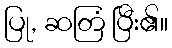
ပြု, ဆတြံ ပြီး၏။